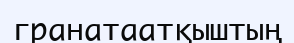
гранатаатқыштың